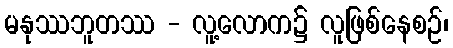
မနုဿဘူတဿ - လူ့လောက၌ လူဖြစ်နေစဉ်၊